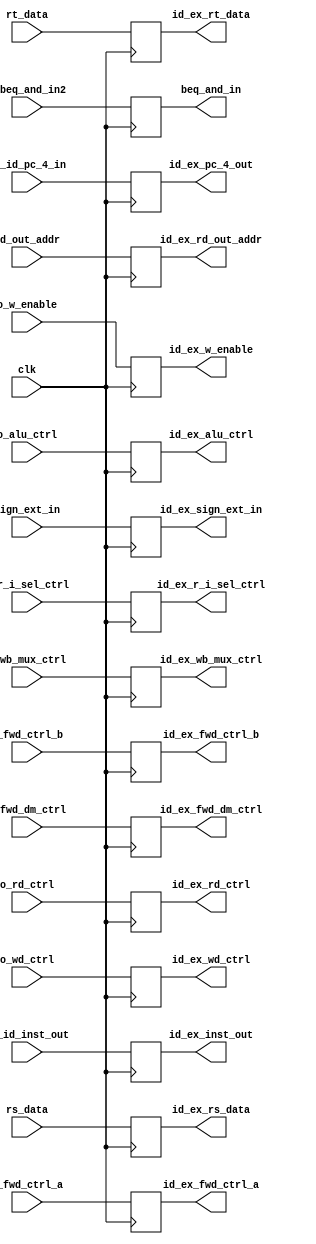
module ID_EX_SB(input o_w_enable, o_alu_ctrl, o_r_i_sel_ctrl, o_rd_ctrl, o_wd_ctrl, o_wb_mux_ctrl, o_fwd_dm_ctrl, clk, o_beq_and_in2, 
    input [1:0] o_fwd_ctrl_a, o_fwd_ctrl_b, 
    input [4:0] rd_out_addr, 
    input [15:0] sign_ext_in, 
    input [31:0] if_id_pc_4_in, if_id_inst_out, 
    input [31:0] rs_data, rt_data, 
    output reg id_ex_w_enable, id_ex_alu_ctrl, id_ex_r_i_sel_ctrl, id_ex_rd_ctrl, id_ex_wd_ctrl, id_ex_wb_mux_ctrl, id_ex_fwd_dm_ctrl, beq_and_in, 
    output reg [1:0] id_ex_fwd_ctrl_a, id_ex_fwd_ctrl_b, 
    output reg [4:0] id_ex_rd_out_addr, 
    output reg [15:0] id_ex_sign_ext_in, 
    output reg [31:0] id_ex_pc_4_out, id_ex_inst_out, 
    output reg [31:0] id_ex_rs_data, id_ex_rt_data);

always@(posedge clk)
    begin
        id_ex_w_enable = o_w_enable;
        id_ex_alu_ctrl = o_alu_ctrl;
        id_ex_r_i_sel_ctrl = o_r_i_sel_ctrl;
        id_ex_rd_ctrl = o_rd_ctrl;
        id_ex_wd_ctrl = o_wd_ctrl;
        id_ex_wb_mux_ctrl = o_wb_mux_ctrl;
        id_ex_fwd_dm_ctrl = o_fwd_dm_ctrl;
        id_ex_fwd_ctrl_a = o_fwd_ctrl_a;
        id_ex_fwd_ctrl_b = o_fwd_ctrl_b;
        id_ex_rd_out_addr = rd_out_addr;
        id_ex_sign_ext_in = sign_ext_in;
        id_ex_pc_4_out = if_id_pc_4_in;
        id_ex_rs_data = rs_data;
        id_ex_rt_data = rt_data;
        id_ex_inst_out = if_id_inst_out;
        beq_and_in = o_beq_and_in2;
    end

endmodule